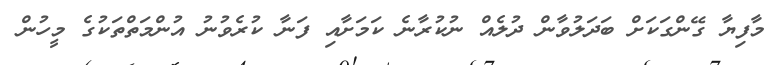
މާފިޔާ ގޭންގަކަށް ބަދަލުވާން ދުލެއް ނުކުރާނެ ކަމަށާއި ފަނާ ކުރެވުނު އުންމަތްތަކުގެ މީހުން